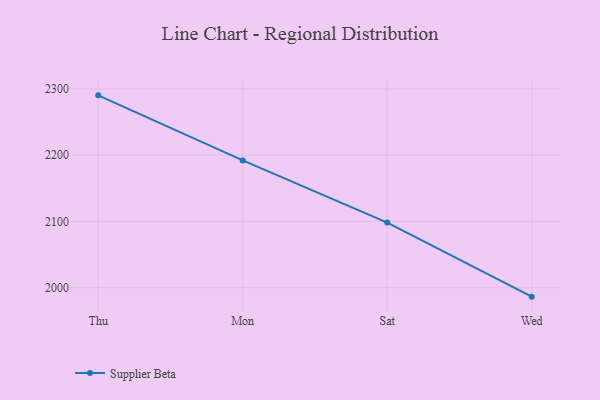
{"axis": {"x": "Day", "y": "Operating Costs (USD K)"}, "legend": ["Supplier Beta"], "data": [{"x": "Thu", "y": 2290.4, "type": "Supplier Beta"}, {"x": "Mon", "y": 2192.2, "type": "Supplier Beta"}, {"x": "Sat", "y": 2098.2, "type": "Supplier Beta"}, {"x": "Wed", "y": 1986.4, "type": "Supplier Beta"}]}